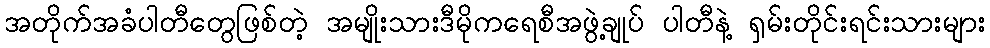
အတိုက်အခံပါတီတွေဖြစ်တဲ့ အမျိုးသားဒီမိုကရေစီအဖွဲ့ချုပ် ပါတီနဲ့ ရှမ်းတိုင်းရင်းသားများ